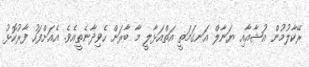
ރޭކާލުމުން އުޝާއާއި ޔަނާލް އަނގަމަތީ އަތްއަޅާލީ މާ ބާރަށް ހެވިދާނެތީއެވެ. އެއަށްފަހު ފާރުކޮޅު